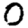
Digit: 0